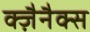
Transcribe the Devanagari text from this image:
क्ज़ैनैक्स